Annual statistical returns and brief notes on vaccination in Bengal - 1909-1929
Year: 1909
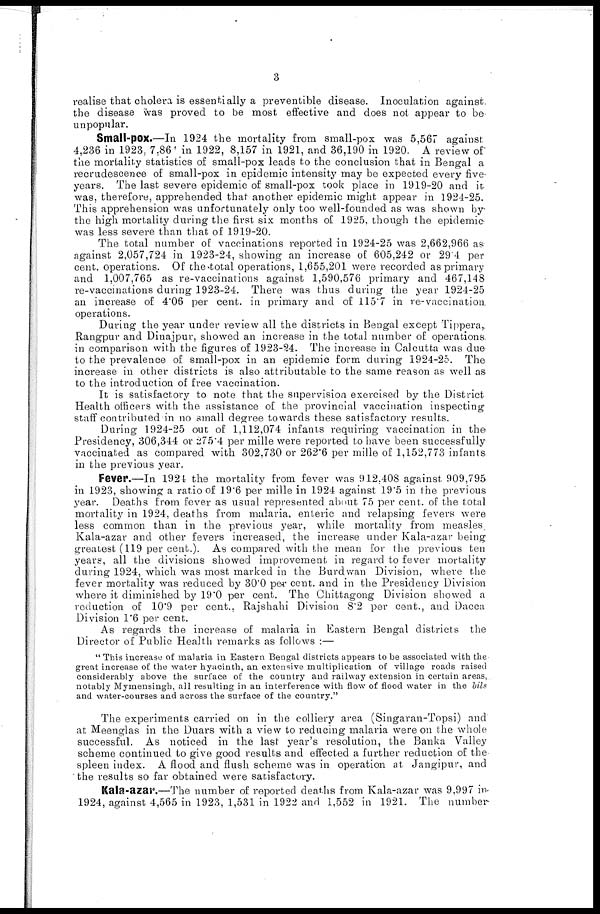
3
realise that cholera is essentially a preventible disease. Inoculation against
the disease was proved to be most effective and does not appear to be
unpopular.
Small-pox.—In 1924 the mortality from small-pox was 5,567 against
4,236 in 1923, 7,86 in 1922, 8,157 in 1921, and 36,190 in 1920. A review of
the mortality statistics of small-pox leads to the conclusion that in Bengal a
recrudescence of small-pox in epidemic intensity may be expected every five
years. The last severe epidemic of small-pox took place in 1919-20 and it
was, therefore, apprehended that another epidemic might appear in 1924-25.
This apprehension was unfortunately only too well-founded as was shown by
the high mortality during the first six months of 1925, though the epidemic
was less severe than that of 1919-20.
The total number of vaccinations reported in 1924-25 was 2,662,966 as
against 2,057,724 in 1923-24, showing an increase of 605,242 or 29.4 per
cent. operations. Of the total operations, 1,655,201 were recorded as primary
and 1,007,765 as re-vaccinations against 1,590,576 primary and 467,148
re-vaccinations during 1923-24. There was thus during the year 1924-25
an increase of 4.06 per cent. in primary and of 115.7 in re-vaccination
operations.
During the year under review all the districts in Bengal except Tippera,
Rangpur and Dinajpur, showed an increase in the total number of operations
in comparison with the figures of 1923-24. The increase in Calcutta was due
to the prevalence of small-pox in an epidemic form during 1924-25. The
increase in other districts is also attributable to the same reason as well as
to the introduction of free vaccination.
It is satisfactory to note that the supervision exercised by the District
Health officers with the assistance of the provincial vaccination inspecting
staff contributed in no small degree towards these satisfactory results.
During 1924-25 out of 1,112,074 infants requiring vaccination in the
Presidency, 306,344 or 275.4 per mille were reported to have been successfully
vaccinated as compared with 302,730 or 262.6 per mille of 1,152,773 infants
in the previous year.
Fever.—In 1924 the mortality from fever was 912,408 against 909,795
in 1923, showing a ratio of 19.6 per mille in 1924 against 19.5 in the previous
year. Deaths from fever as usual represented about 75 per cent. of the total
mortality in 1924, deaths from malaria, enteric and relapsing fevers were
less common than in the previous year, while mortality from measles
Kala-azar and other fevers increased, the increase under Kala-azar being
greatest (119 per cent.). As compared with the mean for the previous ten
years, all the divisions showed improvement in regard to fever mortality
during 1924, which was most marked in the Burdwan Division, where the
fever mortality was reduced by 30.0 per cent. and in the Presidency Division
where it diminished by 19.0 per cent. The Chittagong Division showed a
reduction of 10.9 per cent., Rajshahi Division 8.2 per cent., and Dacca
Division 1.6 per cent.
As regards the increase of malaria in Eastern Bengal districts the
Director of Public Health remarks as follows :—
" This increase of malaria in Eastern Bengal districts appears to be associated with the
great increase of the water hyacinth, an extensive multiplication of village roads raised
considerably above the surface of the country and railway extension in certain areas,
notably Mymensingh, all resulting in an interference with flow of flood water in the bils
and water-courses and across the surface of the country."
The experiments carried on in the colliery area (Singaran-Topsi) and
at Meenglas in the Duars with a view to reducing malaria were on the whole
successful. As noticed in the last year's resolution, the Banka Valley
scheme continued to give good results and effected a further reduction of the
spleen index. A flood and flush scheme was in operation at Jangipur, and
the results so far obtained were satisfactory.
Kala-azar.—The number of reported deaths from Kala-azar was 9,997 in
1924, against 4,565 in 1923, 1,531 in 1922 and 1,552 in 1921. The number